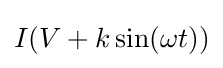
I(V+k\sin(\omega t))